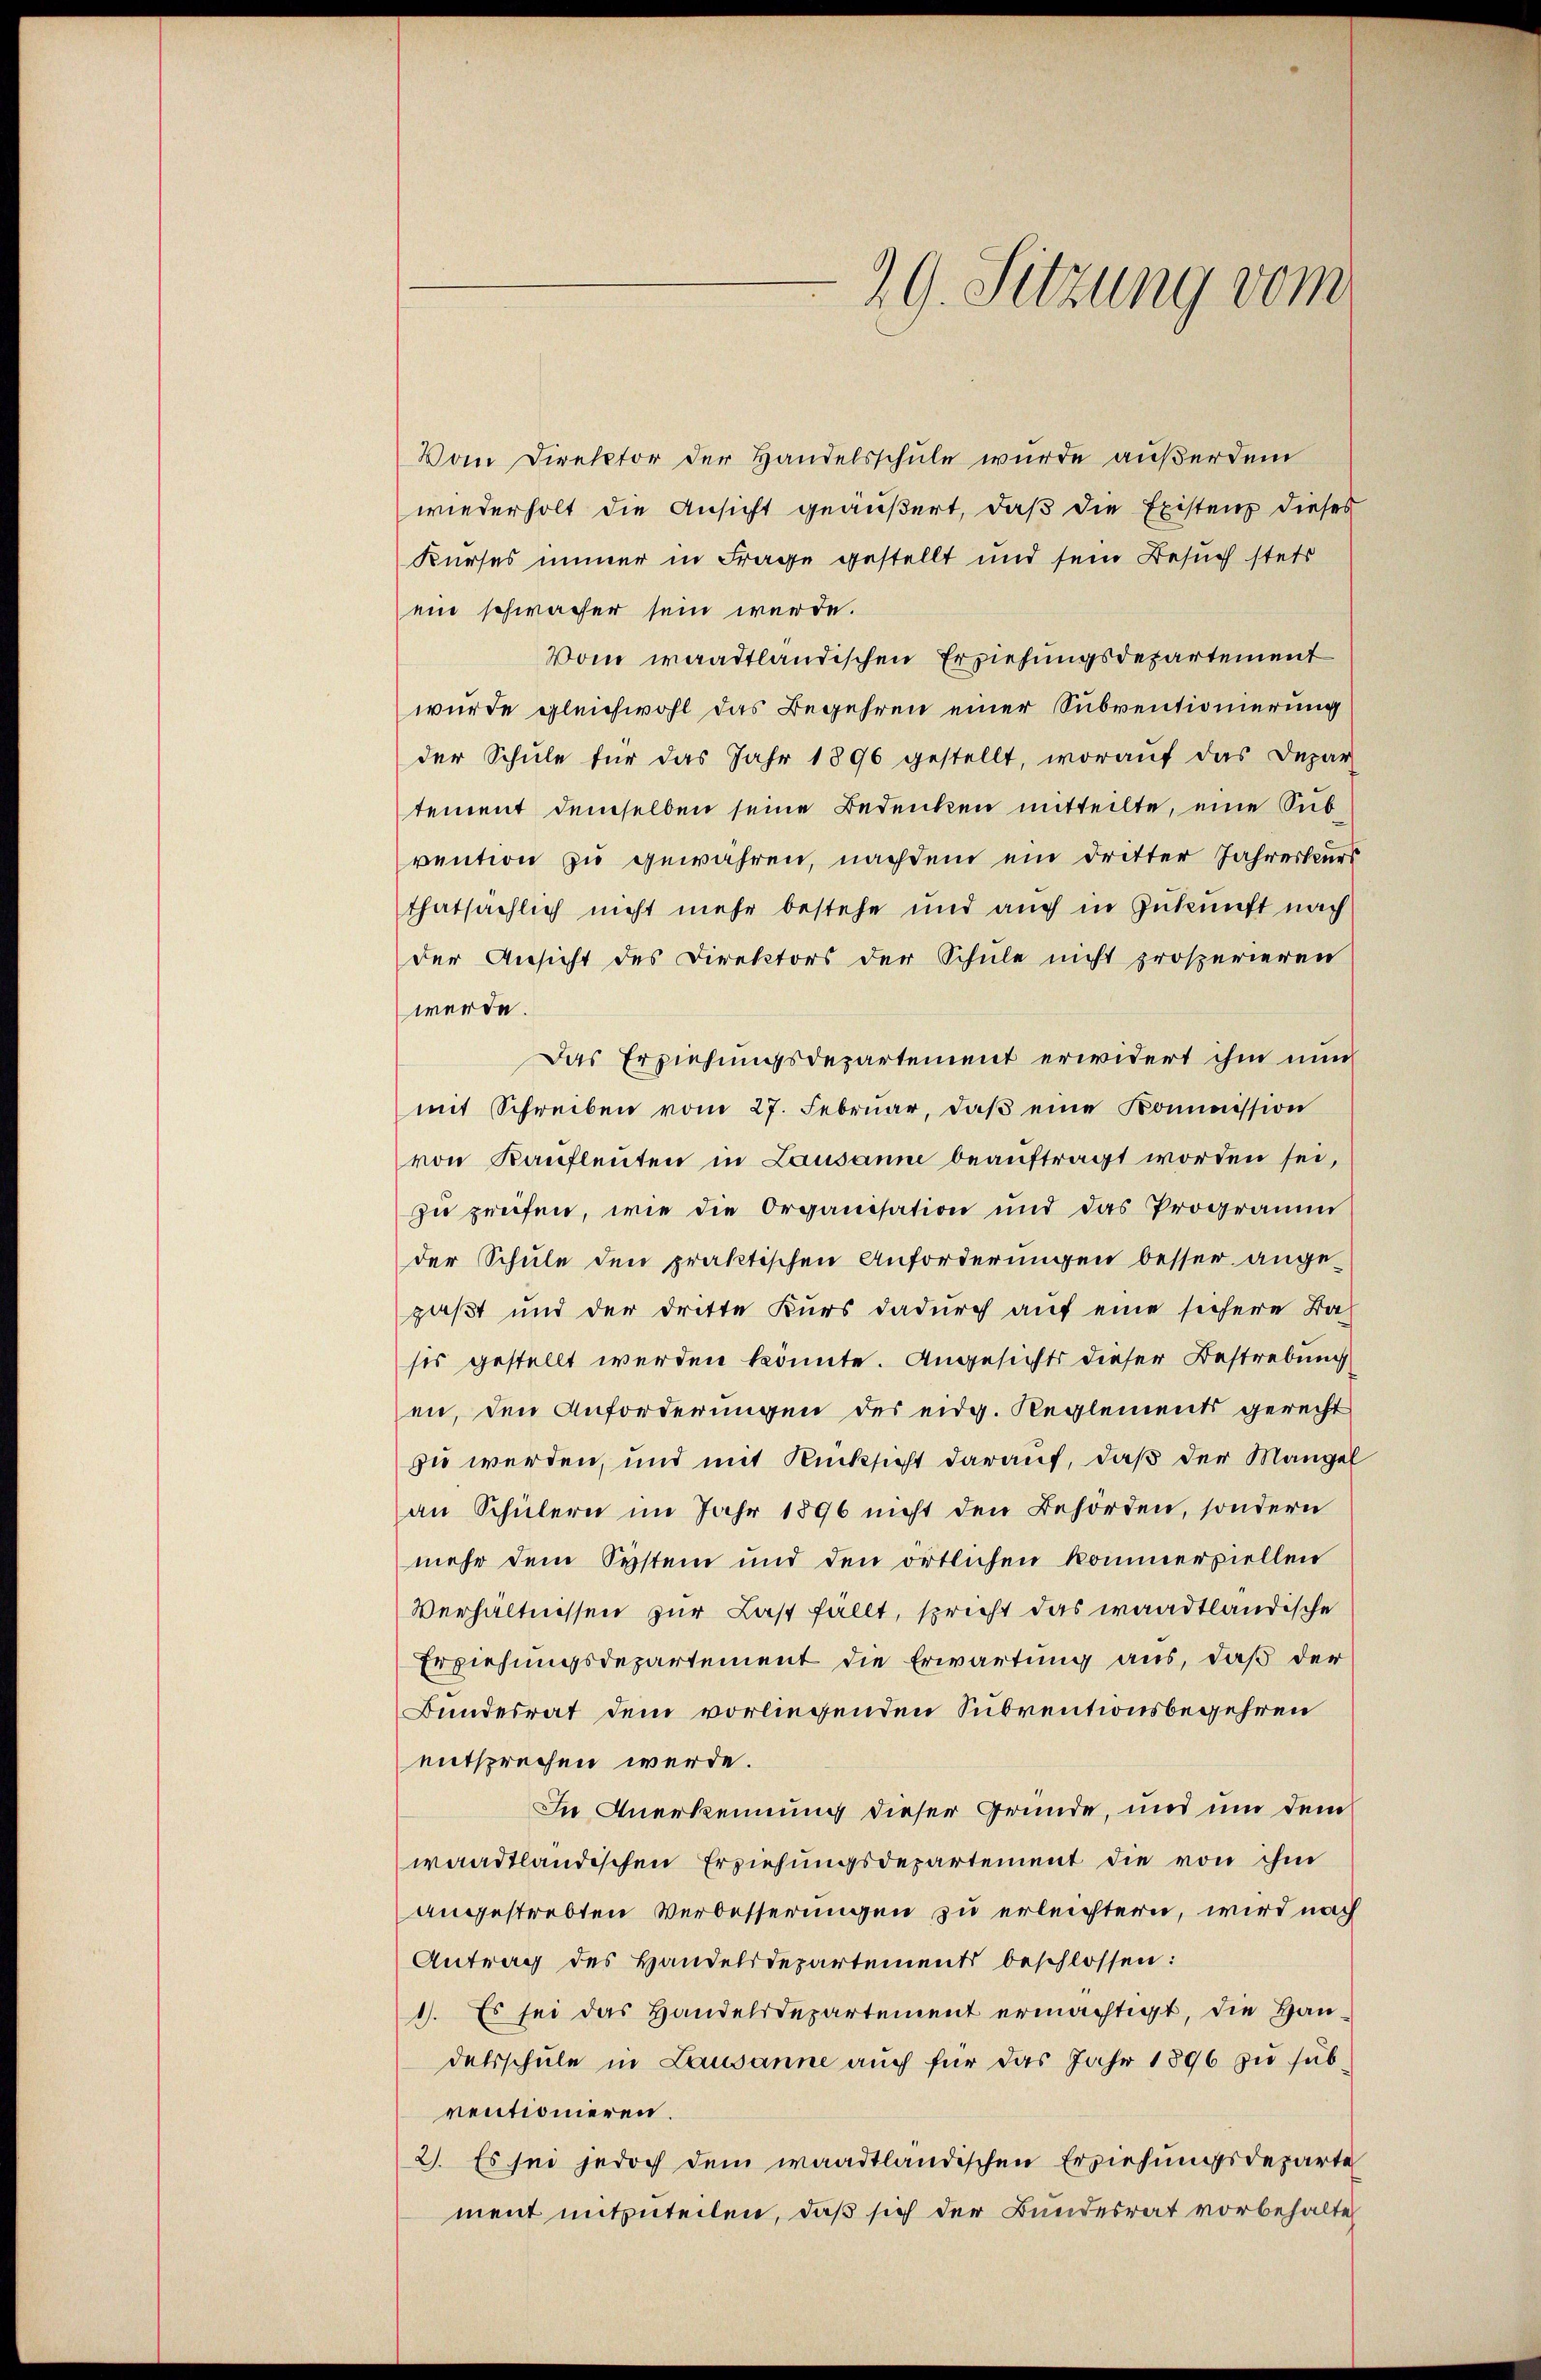
29. Sitzung vom

Vom Direktor der Handelsschule wurde außerdem
wiederholt die Ansicht geäußert, daß die Existenz dieses
Kurses immer in Frage gestellt und sein Besuch stets
ein schwacher sein werde.
Vom waadtländischen Erziehungsdepartement
wurde gleichwohl das Begehren einer Subventionierung
der Schule für das Jahr 1896 gestellt, woraŭf das Depar
tement demselben seine Bedenken mitteilte, eine Subvention zu gewähren, nachdem ein Dritter Jahreskurs
thatsächlich nicht mehr bestehe und auch in Zukunft nach
der Ansicht des Direktors der Schule nicht prosperieren
werde.
Das Erziehungsdepartement erwidert ihm nun
mit Schreiben vom 27. Februar, daβ eine Kommission
von Kaufleuten in Lausanne beauftragt worden sei,
zu zweifen, wie die Organisation und das Programm
der Schule den praktischen Anforderungen besser angepaßt und der dritte Kurs dadŭrch aŭf eine sichere Ba-
sis gestellt werden könnte. Angesichts dieser Bestrebung
en, den Anforderungen des eidg. Reglements gerecht
zu werden, und mit Rücksicht darauf, daß der Mangel
an Schülern im Jahr 1896 nicht den Behörden, sondern
mehr dem System und den örtlichen kommerziellen
Verhältnissen zur Last fällt, spricht das waadtländische
Erziehungsdepartement die Erwartung aus, daß der
Bundesrat dem vorliegenden Subventionsbegehren
entsprechen werde.
In Anerkennung dieser Gründe, und um dem
waadtländischen Erziehungsdepartement die von ihm
angestrebten Verbesserungen zu erleichtern, wird nach
Antrag des Handelsdepartements beschlossen:
1. Es sei das Handelsdepartement ermächtigt, die Handetschule in Lausanne auch für das Jahr 1896 zu subventionieren.
2. Es sei jedoch dem waadtländischen Erziehungsdeparte
ment mitzuteilen, daß sich der Bundesrat vorbehalten